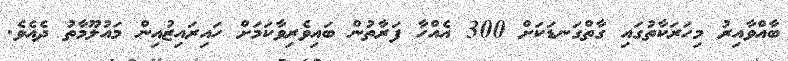
ބާއްވާއިރު މިހަރަކާތުގައި ގާތްގަނޑަކަށް 300 އެއްހާ ފަރާތުން ބައިވެރިވާކަމަށް ހައިރައިޒުއިން މައުލޫމާތު ދެއެވެ.